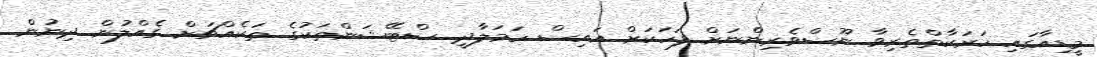
މީޑިއާގައި ހަރަކާތްތެރިވާ ނޫސްވެރިންނަށް ފަހަކަށް އައިސް ހަމަލާދީ ސްޓޭޝަންތަކުގެ ތަކެއްޗަށް ގެއްލުން ދިނުން